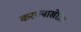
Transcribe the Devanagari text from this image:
करण्याखेरीज